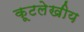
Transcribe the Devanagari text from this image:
कूटलेखीय